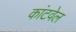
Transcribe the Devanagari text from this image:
कांटवेल